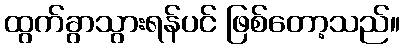
ထွက်ခွာသွားရန်ပင် ဖြစ်တော့သည်။